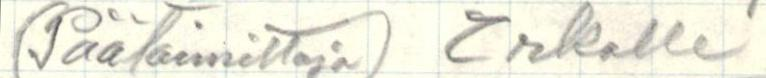
(Päätoimittaja) Erkolle